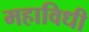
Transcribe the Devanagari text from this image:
महाविधी